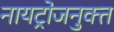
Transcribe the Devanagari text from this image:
नायट्रोजनुक्त